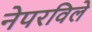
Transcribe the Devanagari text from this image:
नेपरविले